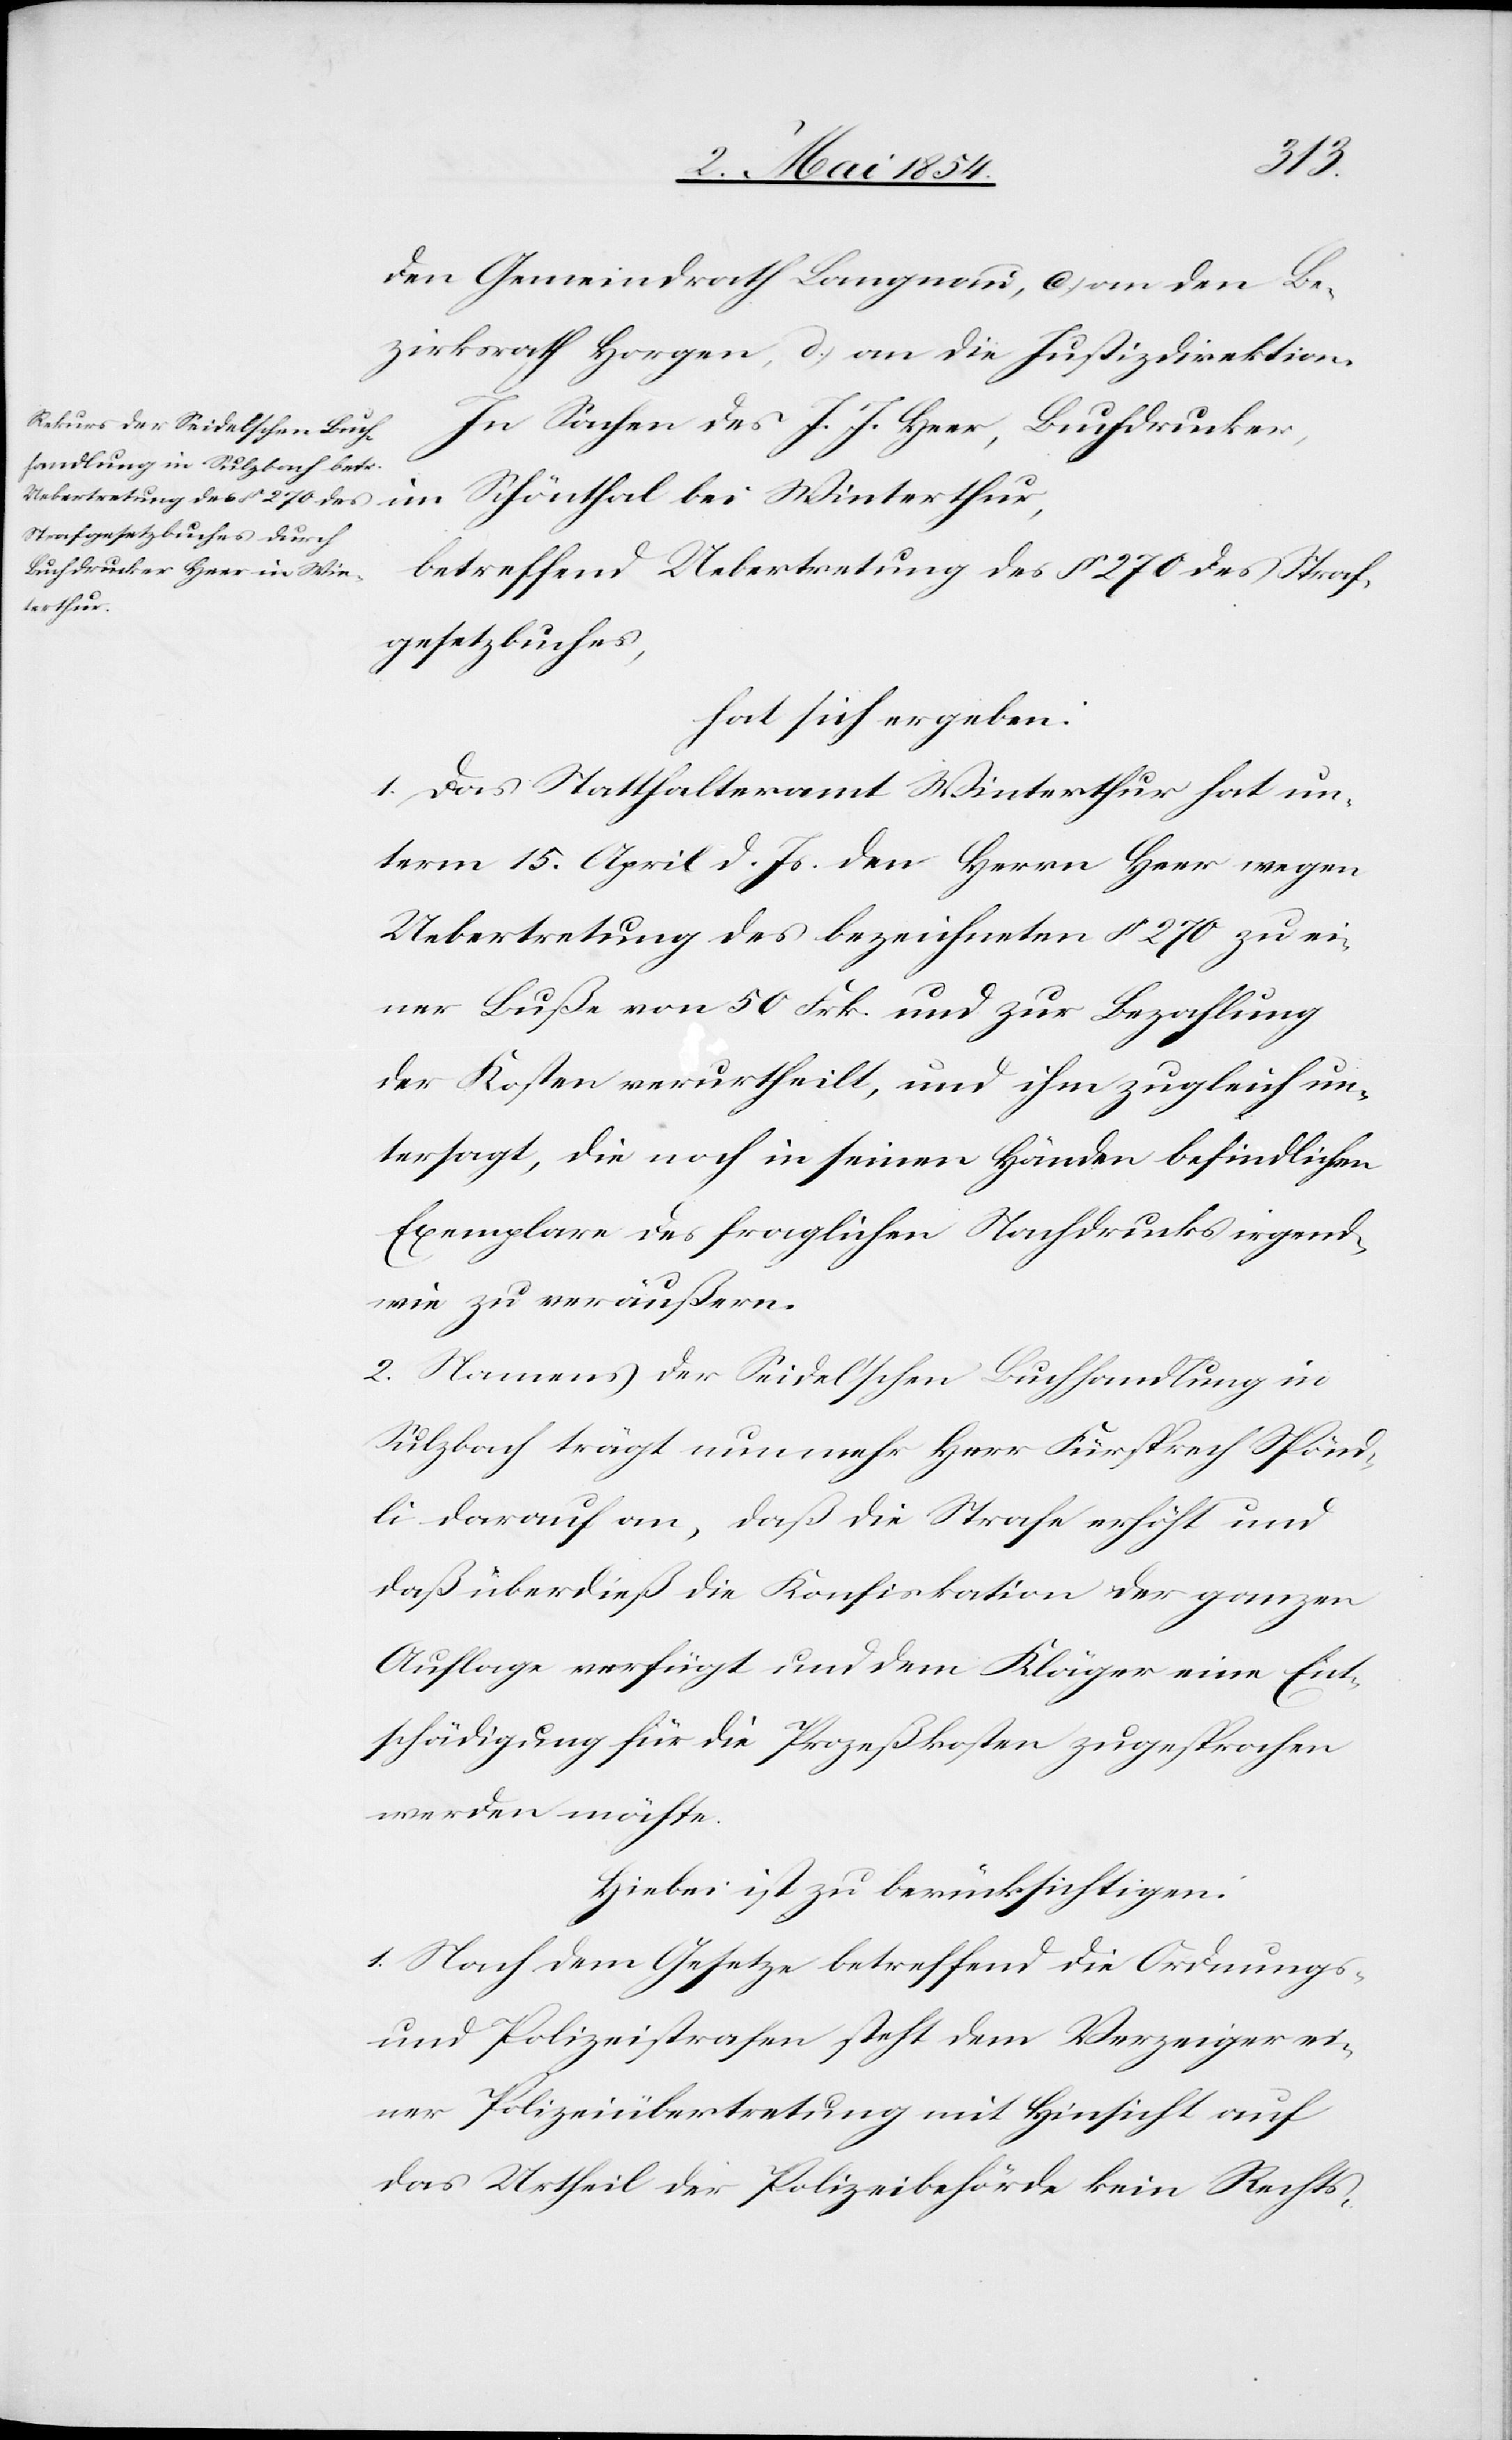
Win¬
den Gemeindrath Langnau, c) an den Be¬
zirksrath Horgen, d.) an die Justizdirektion.
In Sachen des J. J. Heer, Buchdrucker,
betreffend Uebertretung des § 270 des Straf¬
terthur,
gesetzbuches,
hat sich ergeben:
1. Das Statthalteramt Winterthur hat un¬
term 15. April d. Js. den Herrn Heer wegen
Uebertretung des bezeichneten § 270 zu ei¬
ner Buße von 50 Frk. und zur Bezahlung
der Kosten verurtheilt, und ihm zugleich un¬
tersagt, die noch in seinen Händen befindlichen
Exemplare des fraglichen Nachdruckes irgend¬
wie zu veräußern.
2. Namens der Seidel’schen Buchhandlung in
Sulzbach trägt nunmehr Herr Fürsprech Spönd¬
li darauf an, daß die Strafe der ganzen
Auflage verfügt und dem Kläger eine Ent¬
schädigung für die Prozeßkosten zugesprochen
werden möchte.
Hiebei ist zu berücksichtigen:
1. Nach dem Gesetze betreffend die Ordnungs-
und Polizeistrafen steht dem Verzeiger ei¬
ner Polizeiübertretung mit Hinsicht auf
das Urtheil der Polizeibehörde kein Rechts-